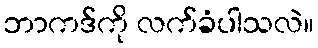
ဘာကဒ်ကို လက်ခံပါသလဲ။